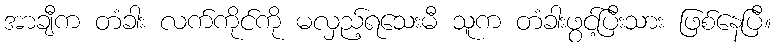
အာချီက တံခါး လက်ကိုင်ကို မလှည့်ရသေးမီ သူက တံခါးဖွင့်ပြီးသား ဖြစ်နေပြီ။